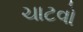
ચાટવો